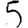
Digit: 5